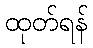
ထုတ်ရန်